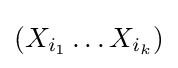
(X_{i_{1}}\ldots X_{i_{k}})